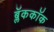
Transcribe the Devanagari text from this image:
ब्लॅककॉक